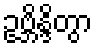
ဥဗ္ဘိန္ဒိတွာ